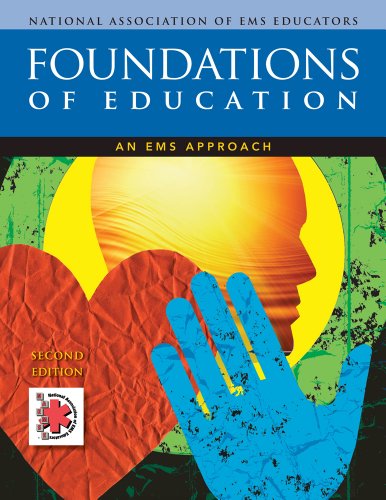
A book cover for Foundations of Education: An EMS Approach; National Association of EMS Educators (NAEMSE); Business & Money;